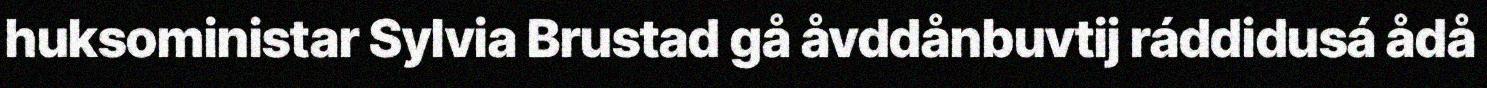
huksoministar Sylvia Brustad gå åvddånbuvtij ráddidusá ådå